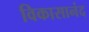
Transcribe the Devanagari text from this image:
विकासानंद